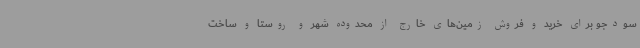
سودجو برای خرید و فروش زمین‌های خارج از محدوده شهر و روستا و ساخت